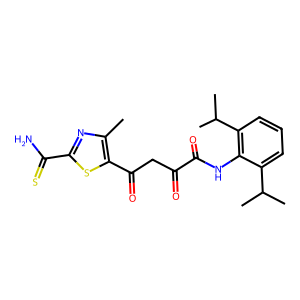
SMILES: Cc1nc(C(N)=S)sc1C(=O)CC(=O)C(=O)Nc1c(C(C)C)cccc1C(C)C
Inhibits HIV replication: No